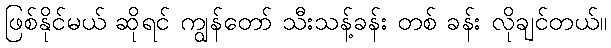
ဖြစ်နိုင်မယ် ဆိုရင် ကျွန်တော် သီးသန့်ခန်း တစ် ခန်း လိုချင်တယ်။